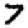
Digit: 7